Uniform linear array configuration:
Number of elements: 48
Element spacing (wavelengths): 0.75
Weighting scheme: blackman
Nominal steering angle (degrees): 30
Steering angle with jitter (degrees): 29.353
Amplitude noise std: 0.05
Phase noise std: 0.05

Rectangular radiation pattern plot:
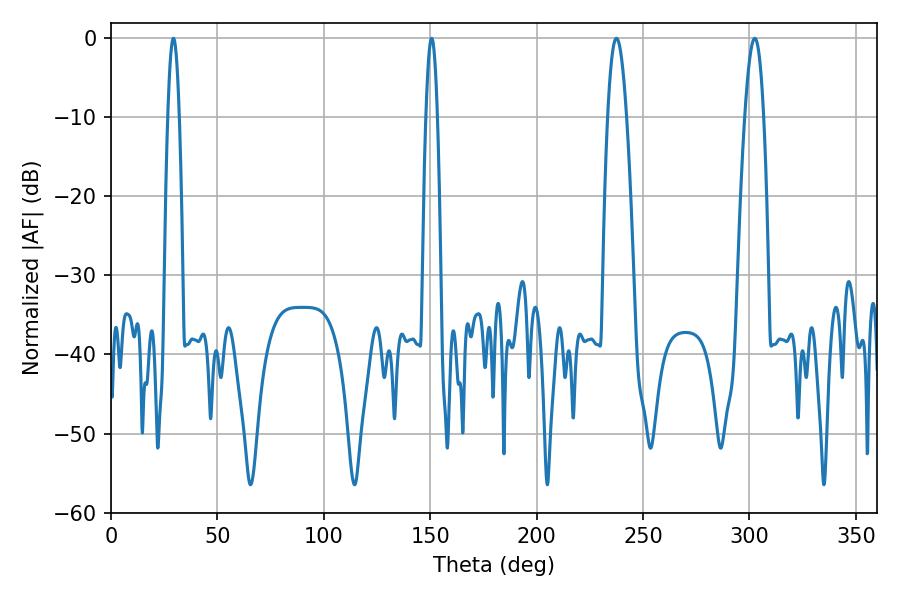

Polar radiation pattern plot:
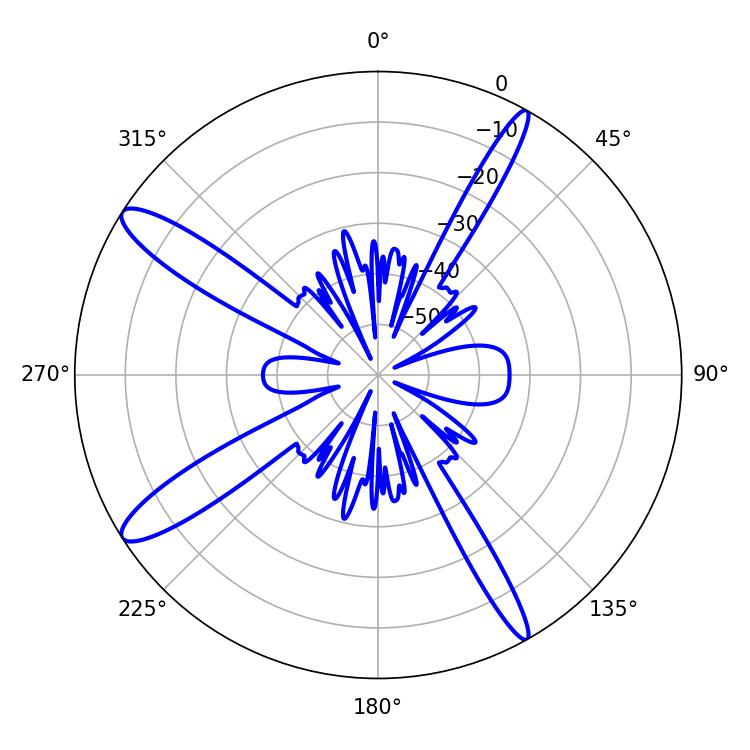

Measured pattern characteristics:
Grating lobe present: TRUE
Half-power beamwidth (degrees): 2.88
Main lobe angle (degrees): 29.34